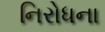
નિરોધના